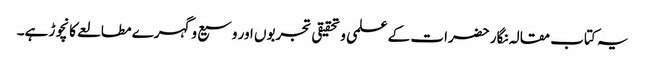
یہ کتاب مقالہ نگار حضرات کے علمی وتحقیقی تجربوں اور وسیع وگہرے مطالعے کا نچوڑ ہے۔